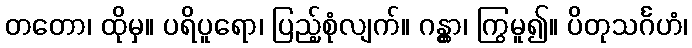
တတော၊ ထိုမှ။ ပရိပူရော၊ ပြည့်စုံလျက်။ ဂန္တွာ၊ ကြွမူ၍။ ပိတုသင်္ဂဟံ၊